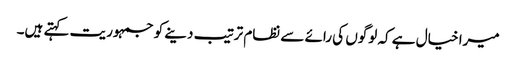
میرا خیال ہے کہ لوگوں کی رائے سے نظام ترتیب دینے کو جمہوریت کہتے ہیں۔